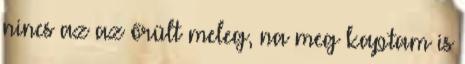
nincs az az őrült meleg, na meg kaptam is